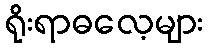
ရိုးရာဓလေ့များ